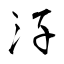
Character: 汓